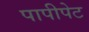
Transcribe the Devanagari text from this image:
पापीपेट